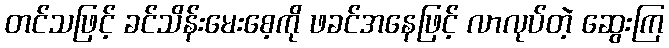
တင်သဖြင့် ခင်သိန်းမေးစေ့ကို ဖခင်အနေဖြင့် လာလုပ်တဲ့ ဆွေးကြ